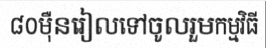
៨០ម៉ឺនរៀលទៅចូលរួមកម្មវិធី